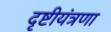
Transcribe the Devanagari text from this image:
दृष्टीयंत्रणा